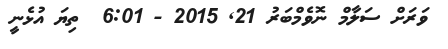
ވަރަށް ސަލާމް ނޮވެމްބަރު 21